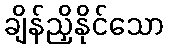
ချိန်ညှိနိုင်သော